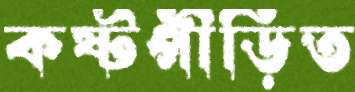
কষ্টপীড়িত